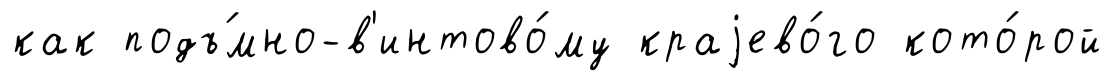
как подъ́мно-в'интово́му краjево́го кото́рой